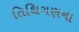
તિથિગણના